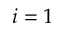
i = 1